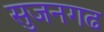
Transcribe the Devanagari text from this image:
सुजनगढ